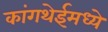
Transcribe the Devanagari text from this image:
कांगथेईमध्ये